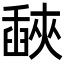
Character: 𦦕